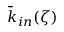
\bar { k } _ { i n } ( \zeta )